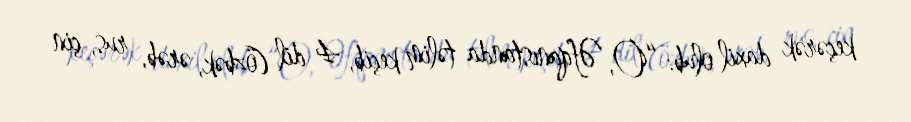
keçərək daxil olub: “O, Əfqanıstanda təlim keçib, 4 dil (özbək, ərəb, rus, çin